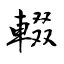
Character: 輟